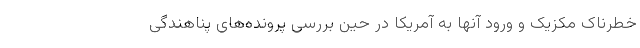
خطرناک مکزیک و ورود آنها به آمریکا در حین بررسی پرونده‌های پناهندگی